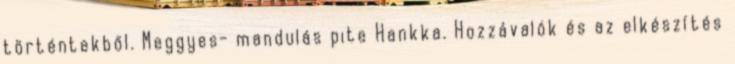
történtekből. Meggyes- mandulás pite Hankka. Hozzávalók és az elkészítés